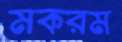
মকরম